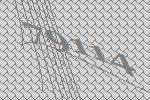
79114